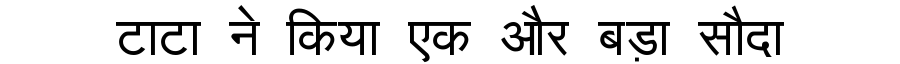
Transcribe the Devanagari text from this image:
टाटा ने किया एक और बड़ा सौदा